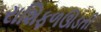
રાશિફળઊડતી